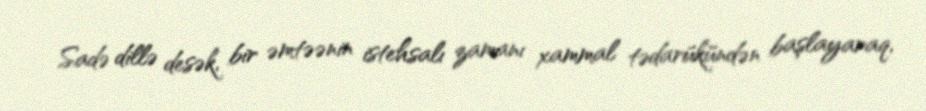
Sadə dillə desək, bir əmtəənin istehsalı zamanı xammal tədarükündən başlayaraq,